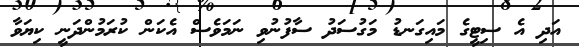
އަދި އެ ސިޓީގެ މައިގަނޑު މަގުސަދު ސާފުނުވި ނަމަވެސް އެކަން ކުރަމުންދަނީ ކިޔަވާ